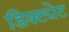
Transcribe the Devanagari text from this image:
डिक्ट्येट